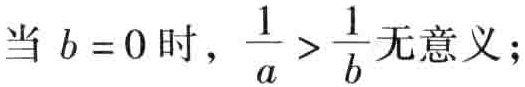
当 \(b = 0\) 时，\(\frac{1}{a} > \frac{1}{b}\)无意义；